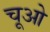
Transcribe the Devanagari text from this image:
चूओ